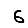
Digit: 6